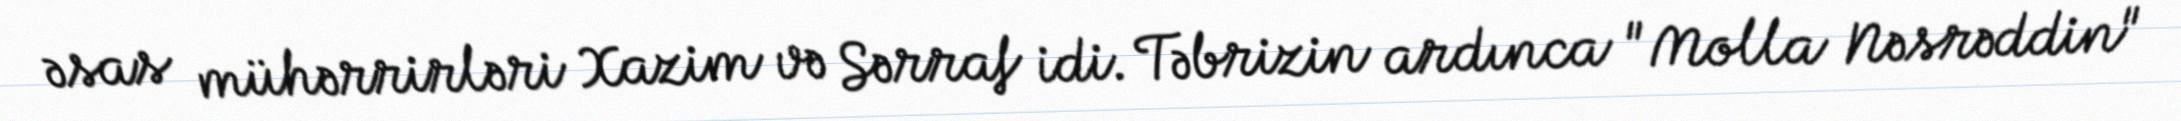
əsas mühərrirləri Xazim və Sərraf idi. Təbrizin ardınca "Molla Nəsrəddin"